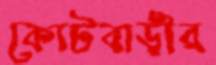
কোটবাড়ীর